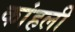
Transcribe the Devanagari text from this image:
कांहली